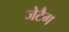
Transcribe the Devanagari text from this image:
जेटैग